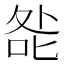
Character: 𭈃